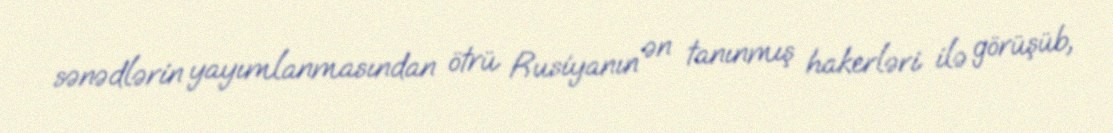
sənədlərin yayımlanmasından ötrü Rusiyanın ən tanınmış hakerləri ilə görüşüb,